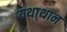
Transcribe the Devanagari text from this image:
यथा्थान